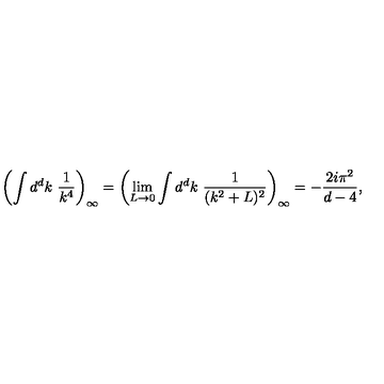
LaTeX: \left( \int d ^ { d } k \ \frac { 1 } { k ^ { 4 } } \right) _ { \infty } = \left( \lim _ { L \to 0 } \int d ^ { d } k \ \frac { 1 } { ( k ^ { 2 } + L ) ^ { 2 } } \right) _ { \infty } = - \frac { 2 i \pi ^ { 2 } } { d - 4 } ,